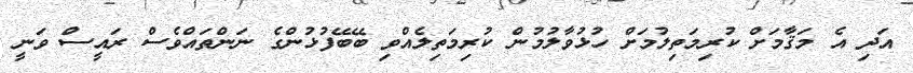
އަދި އެ މަޤާމަށް ކުރިމަތިލުމަށް ހުޅުވާލުމުން ކުރިމަތިލެއްވި ބޭބޭފުޅުންގެ ނަންތައްވެސް ރައީސް ވަނީ